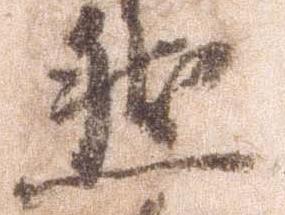
然